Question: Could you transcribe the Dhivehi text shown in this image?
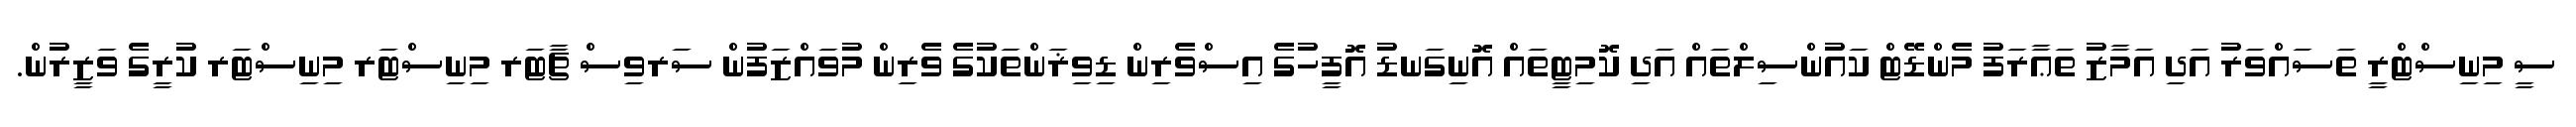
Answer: ސީ މިނިސްޓްރީ ތަސައްވަރު އަދި އަމާޒު ތަޢާރަފު މެންޑޭޓް ކައުންސިލްތައް އަދި ކޮމިޓީތައް އޮނިގަނޑު އޮފީހުގެ އިސްވެރިން ޑިވިޜަންތަކުގެ ވެރިން މުވައްޒަފުން ސަރވިސް ޗާޓަރ މިނިސްޓަރ މިނިސްޓަރ ކުރީގެ ވަޒީރުން.